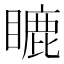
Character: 𥉶